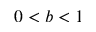
0 < b < 1